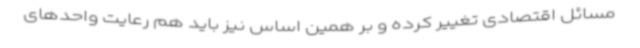
مسائل اقتصادی تغییر کرده و بر همین اساس نیز باید هم رعایت واحدهای